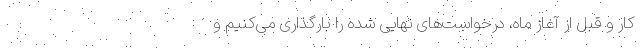
کار و قبل از آغاز ماه، درخواست‌های نهایی شده را بارگذاری می‌کنیم و